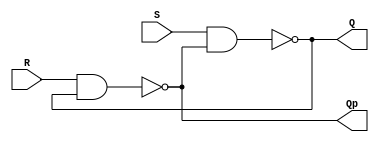

module SRLatch(	
		input S,
		input R,
		output Q,
		output Qp
	);
	
	wire tmpQ, tmpQp;
    nand #1 (tmpQ, S, tmpQp);
    
    nand #1 (tmpQp, R, tmpQ);
     
    
    assign Q = tmpQ;
    assign Qp = tmpQp;

	

endmodule